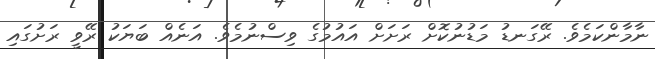
ނާމާންކަމެވެ. ރޭގަނޑު މަޑުނުކޮށް ރަށަށް އައުމުގެ ވިސްނުމެވެ. އަނެއް ބަޔަކު ރޭވީ ރަށުގައި